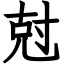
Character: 尅